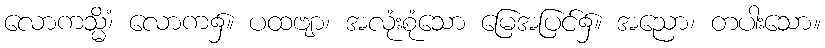
လောကသ္မိံ၊ လောက၌။ ပထဗျာ၊ အလုံးစုံသော မြေအပြင်၌။ အညော၊ တပါးသော။